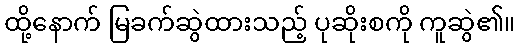
ထို့နောက် မြခက်ဆွဲထားသည့် ပုဆိုးစကို ကူဆွဲ၏။